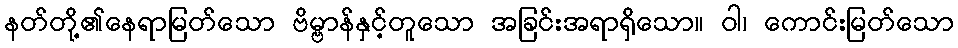
နတ်တို့၏နေရာမြတ်သော ဗိမ္ဗာန်နှင့်တူသော အခြင်းအရာရှိသော။ ဝါ၊ ကောင်းမြတ်သော